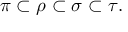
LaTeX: \pi \subset \rho \subset \sigma \subset \tau .